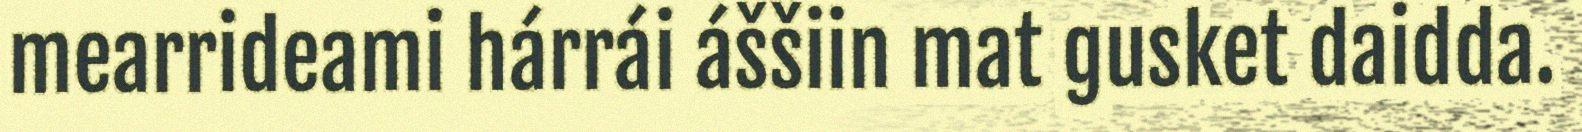
mearrideami hárrái áššiin mat gusket daidda.